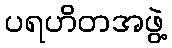
ပရဟိတအဖွဲ့